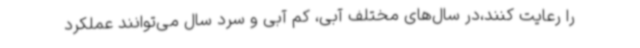
را رعایت کنند،در سال‌های مختلف آبی، کم آبی و سرد سال می‌توانند عملکرد